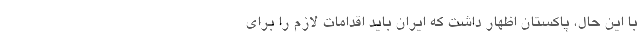
با این حال، پاکستان اظهار داشت که ایران باید اقدامات لازم را برای